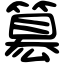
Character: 簒